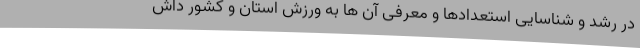
در رشد و شناسایی استعدادها و معرفی آن ها به ورزش استان و کشور داش